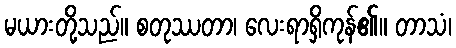
မယားတို့သည်။ စတုဿတာ၊ လေးရာရှိကုန်၏။ တာသံ၊